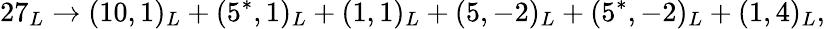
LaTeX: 27_{L}\rightarrow(10,1)_{L}+(5^{*},1)_{L}+(1,1)_{L}+(5,-2)_{L}+(5^{*},-2)_{L}+(1,4)_{L},